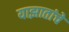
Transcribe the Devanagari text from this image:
याझातांचे